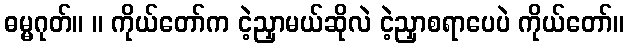
ဓမ္မဂုတ်။ ။ ကိုယ်တော်က ငဲ့ညှာမယ်ဆိုလဲ ငဲ့ညှာစရာပေပဲ ကိုယ်တော်။